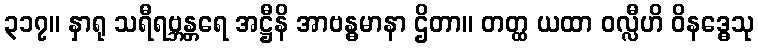
၃၁၇။ နှာရု သရီရဗ္ဘန္တရေ အဋ္ဌီနိ အာဗန္ဓမာနာ ဌိတာ။ တတ္ထ ယထာ ဝလ္လီဟိ ဝိနဒ္ဓေသု